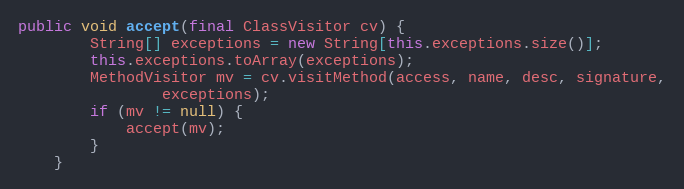
Language: Java
public void accept(final ClassVisitor cv) {
        String[] exceptions = new String[this.exceptions.size()];
        this.exceptions.toArray(exceptions);
        MethodVisitor mv = cv.visitMethod(access, name, desc, signature,
                exceptions);
        if (mv != null) {
            accept(mv);
        }
    }